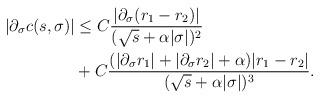
LaTeX: \begin{align*}|\partial_\sigma c(s,\sigma)|&\leq C\frac{|\partial_\sigma(r_1-r_2)|}{(\sqrt{s}+\alpha |\sigma|)^2}\\&+C\frac{(|\partial_\sigma r_1|+|\partial_\sigma r_2|+\alpha)|r_1-r_2|}{(\sqrt{s}+\alpha |\sigma|)^3}.\end{align*}